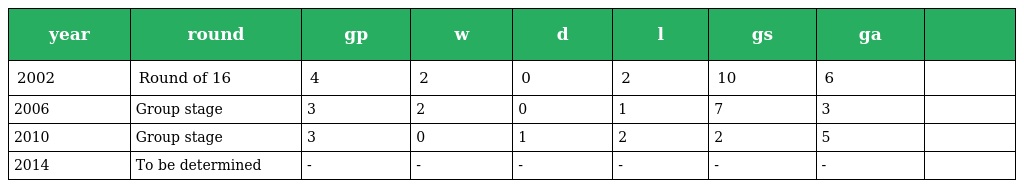
| year | round | gp | w | d | l | gs | ga |  |
 | --- | --- | --- | --- | --- | --- | --- | --- | --- |
 | 2002 | Round of 16 | 4 | 2 | 0 | 2 | 10 | 6 |  |
 | 2006 | Group stage | 3 | 2 | 0 | 1 | 7 | 3 |  |
 | 2010 | Group stage | 3 | 0 | 1 | 2 | 2 | 5 |  |
 | 2014 | To be determined | - | - | - | - | - | - |  |